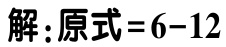
解：原式=6-12